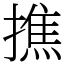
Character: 撨